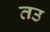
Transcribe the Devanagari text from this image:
तउ